Vaccination in Burma 1920-1933 - 1920-1933
Year: 1920
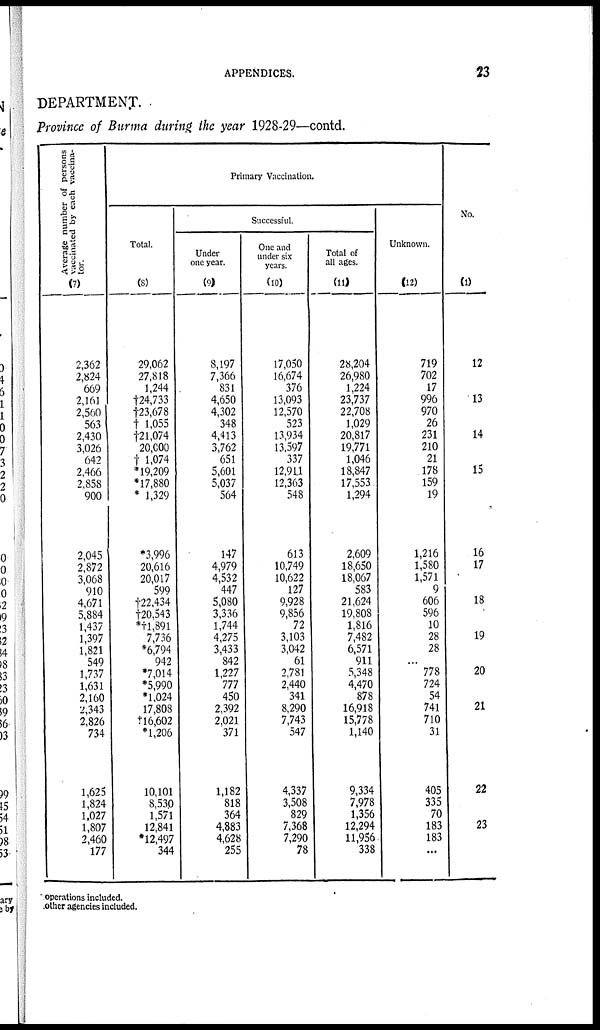
APPENDICES.
23
DEPARTMENT.
Province of Burma during the year 1928-29—contd.
Average number of persons
vaccinated by each vaccina-
tor.
(7)
2,362
2,824
669
2,161
2,560
563
2,430
3,026
642
2,466
2,858
900
2,045
2,872
3,068
910
4,671
5,884
1,437
1,397
1,821
549
1,737
1,631
2,160
2,343
2,826
734
1,625
1,824
1,027
1,807
2,460
177
Primary Vaccination.
Total.
(8)
29,062
27,818
1,244
†24,733
†23,678
† 1,055
†21,074
20,000
† 1,074
*19,209
*17,880
* 1,329
*3,996
20,616
20,017
599
†22,434
†20,543
*†1,891
7,736
*6,794
942
*7,014
*5,990
*1,024
17,808
†16,602
*1,206
10,101
8,530
1,571
12,841
*12,497
344
Successful.
Under
one year.
(9)
8,197
7,366
831
4,650
4,302
348
4,413
3,762
651
5,601
5,037
564
147
4,979
4,532
447
5,080
3,336
1,744
4,275
3,433
842
1,227
777
450
2,392
2,021
371
1,182
818
364
4,883
4,628
255
One and
under six
years.
(10)
17,050
16,674
376
13,093
12,570
523
13,934
13,597
337
12,911
12,363
548
613
10,749
10,622
127
9,928
9,856
72
3,103
3,042
61
2,781
2,440
341
8,290
7,743
547
4,337
3,508
829
7,368
7,290
78
Total of
all ages.
(11)
28,204
26,980
1,224
23,737
22,708
1,029
20,817
19,771
1,046
18,847
17,553
1,294
2,609
18,650
18,067
583
21,624
19,808
1,816
7,482
6,571
911
5,348
4,470
878
16,918
15,778
1,140
9,334
7,978
1,356
12,294
11,956
338
Unknown.
(12)
719
702
17
996
970
26
231
210
21
178
159
19
1,216
1,580
1,571
9
606
596
10
28
28
...
778
724
54
741
710
31
405
335
70
183
183
...
No.
(1)
12
13
14
15
16
17
18
19
20
21
22
23
operations included.
other agencies included.